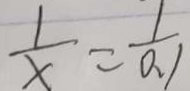
\frac { 1 } { x } = \frac { 1 } { 0 . 1 }